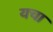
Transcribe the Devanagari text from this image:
यचा